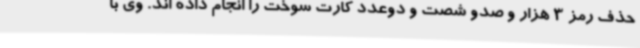
حذف رمز 3 هزار و صدو شصت و دوعدد کارت سوخت را انجام داده اند. وی با